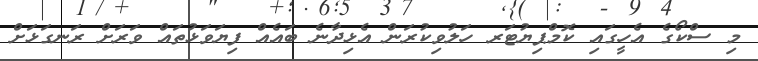
މި ސްކޯގެ އެހީގައި ކޮމްޕިޔުޓަރ ހަލުވިކުރަން އެޅިދާނެ ބައެއް ފިޔަވަޅުތައް ވަރަށް ރަނގަޅަށް